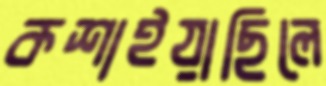
কশাইয়াছিলে